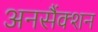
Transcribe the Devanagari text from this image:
अनसैंक्शन